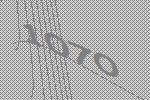
1070